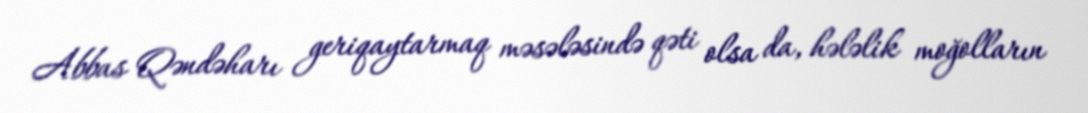
Abbas Qəndəharı geriqaytarmaq məsələsində qəti olsa da, hələlik moğolların